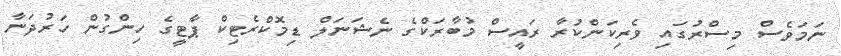
ނަމަވެސް މިސްރުގައި ވެރިކަންކުރާ ރައީސް މުބާރަކްގެ ނެޝަނަލް ޑިމޮކްރެޓިކް ޕާޓީގެ ހިންގުން ހަރުދަނާ